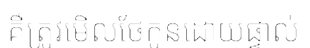
គឺត្រូវមើលថែកូនដោយផ្ទាល់